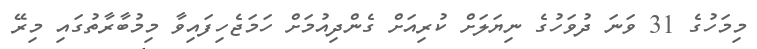
މިމަހުގެ 31 ވަނަ ދުވަހުގެ ނިޔަލަށް ކުރިއަށް ގެންދިއުމަށް ހަމަޖެހިފައިވާ މިމުބާރާތުގައި މިރޭ